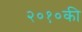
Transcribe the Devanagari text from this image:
२०१०की